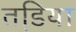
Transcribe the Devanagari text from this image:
तडि़या